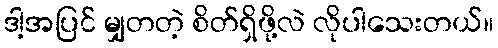
ဒါ့အပြင် မျှတတဲ့ စိတ်ရှိဖို့လဲ လိုပါသေးတယ်။